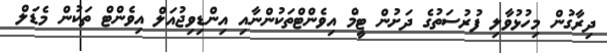
ދިރާގުން މިހުޅުވާލި ފުރުސަތުގެ ދަށުން ޓީމް އިވެންޓްތަކުންނާއި އިންޑިވިޖުއަލް އިވެންޓް ތަކުން މެޑަލް